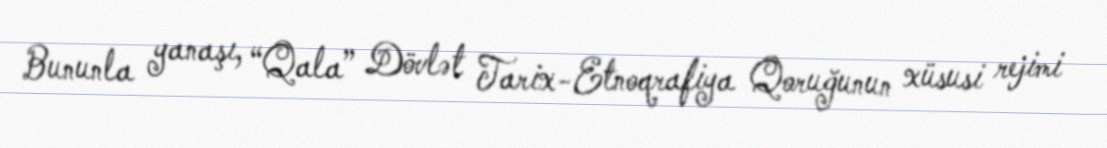
Bununla yanaşı, “Qala” Dövlət Tarix-Etnoqrafiya Qoruğunun xüsusi rejimi